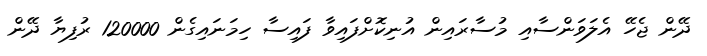
ދޭން ޖެހޭ އެލަވަންސާއި މުސާރައިން އުނިކޮށްފައިވާ ފައިސާ ހިމަނައިގެން 120000 ރުފިޔާ ދޭން